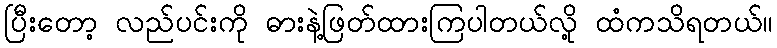
ပြီးတော့ လည်ပင်းကို ဓားနဲ့ဖြတ်ထားကြပါတယ်လို့ ထံကသိရတယ်။